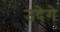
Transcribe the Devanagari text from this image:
उदेगे